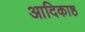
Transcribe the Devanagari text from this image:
आदिकाष्ठ